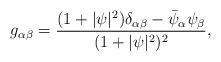
LaTeX: \begin{align*}g_{\alpha\beta}=\frac{(1+\vert\psi\vert^2)\delta_{\alpha\beta}-\bar\psi_\alpha\psi_\beta}{(1+\vert\psi\vert^2)^2} ,\end{align*}